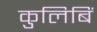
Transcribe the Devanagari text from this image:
कुलिबिं